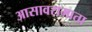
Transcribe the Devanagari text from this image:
आसावरामाता